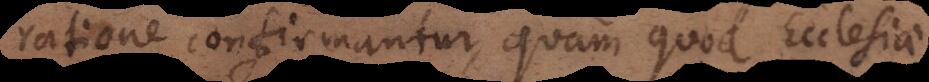
ratione confirmantur, quam quod Ecclesiae